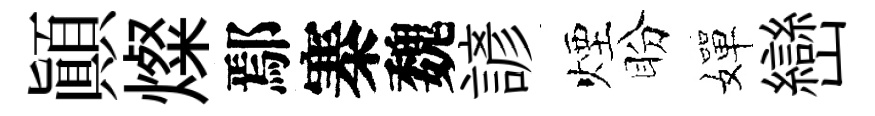
顚燦鄢寨魏諺煙盼嬋巒